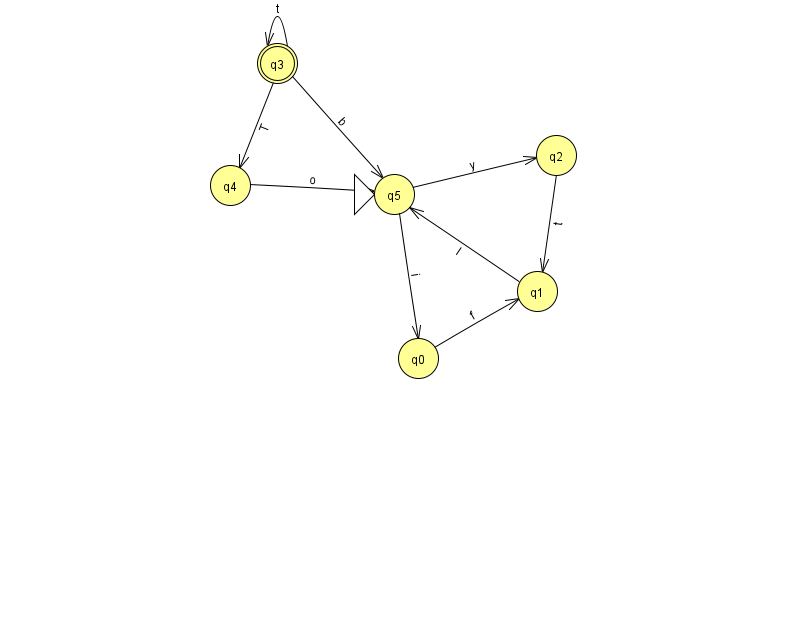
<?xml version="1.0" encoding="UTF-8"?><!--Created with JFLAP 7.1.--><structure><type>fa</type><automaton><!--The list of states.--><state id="0" name="q0"><x>418.0</x><y>345.0</y></state><state id="1" name="q1"><x>537.0</x><y>278.0</y></state><state id="2" name="q2"><x>556.0</x><y>142.0</y></state><state id="3" name="q3"><x>277.0</x><y>50.0</y><final/></state><state id="4" name="q4"><x>230.0</x><y>172.0</y></state><state id="5" name="q5"><x>394.0</x><y>181.0</y><initial/></state><!--The list of transitions.--><transition><from>0</from><to>1</to><read>f</read></transition><transition><from>3</from><to>5</to><read>b</read></transition><transition><from>3</from><to>3</to><read>t</read></transition><transition><from>4</from><to>5</to><read>o</read></transition><transition><from>2</from><to>1</to><read>t</read></transition><transition><from>5</from><to>0</to><read>i</read></transition><transition><from>1</from><to>5</to><read>I</read></transition><transition><from>5</from><to>2</to><read>y</read></transition><transition><from>3</from><to>4</to><read>T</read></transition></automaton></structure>